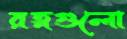
রত্নগুলো